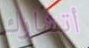
أتشارك